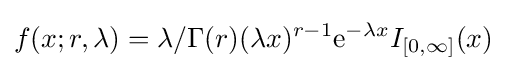
f(x;r,\lambda )=\lambda /\Gamma (r)(\lambda x)^{r-1}\mathrm {e} ^{-\lambda x}I_{[0,\infty ]}(x)